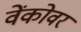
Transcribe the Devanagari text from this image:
वेंकोवर